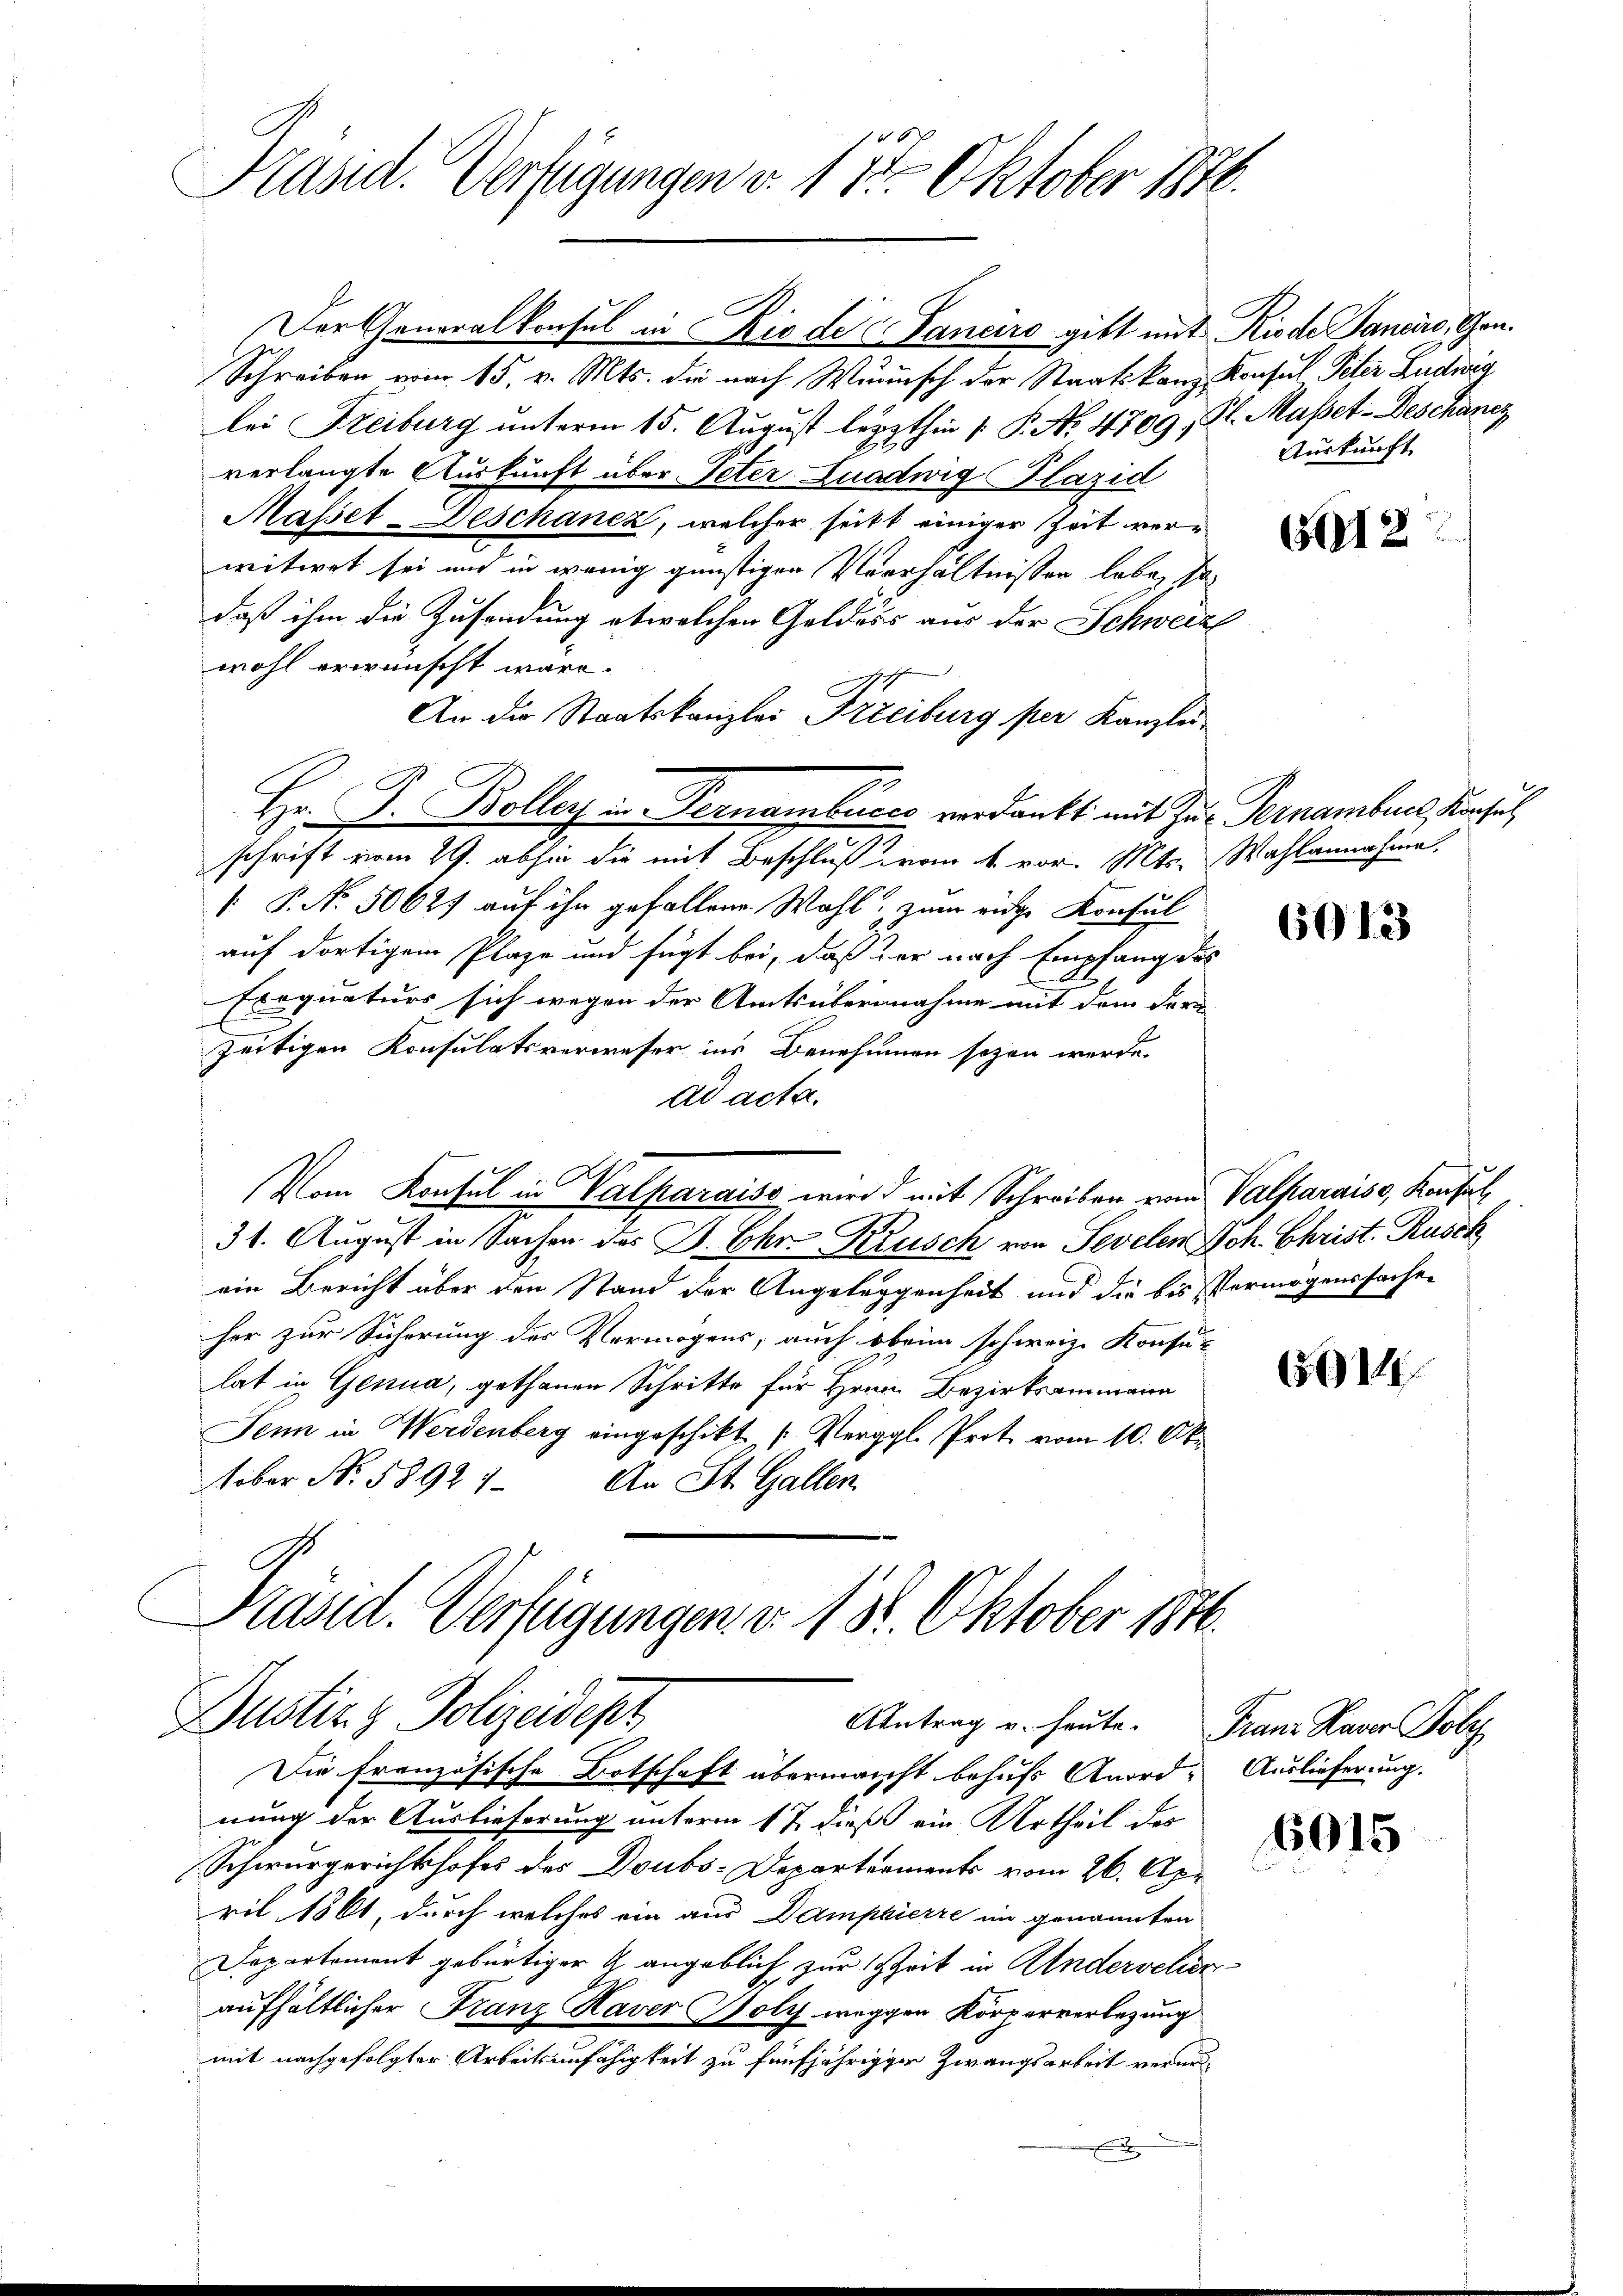
Präsid. Verfügungen v. 1. 15. Oktober 1870.

Der Generalkonsul in Rio de Sanciro gibt mit Riede Sanaro, Gan¬
Schreiben vom 15. v. Mts. die nach Wunsch der Staatskanz Konsul Peter Ludwig
lei Freiburg unterm 15. August lezthin 1. P. No. 4709, Kl. Masset-Deschanz
verlangte Auskunft über Peter Luadwig Plazid
Masset-Deschanez, welcher seits einiger heit verwitwet sei und in wenig günstigen Verhältnissen lebe, so
daß ihm die Zusendung etwelchen Geldaus aus der Schweize
wohl erwünscht wäre.
An die Staatskanzlei Freiburg per Kanzlei-
Hr. P. Boller u. Pernamburch verdankt mit Zur Vernamberl, Konsul,
schrift vom 29. abhin die mit Beschluß vom 4. vor. Mts. Wahlannahme,
[ P. Nr. 50627 auf ihn gefallene Wahl, zum eidge Konsul
auf dortigem Plaze und fügt bei, daß der nach Empfang des
Exequaturs sich wegen der Amtsübernahme mit dem Form
t
zeitigen Konsulatsverweser ins Benehmen sezen werde.
ad acta.
Vom Konsul in Valparaise wird mit Schreiben von Valparaise, Konsul
31. August in Sachen des B. Chr. Krusch von Sevelen Joh. Christ. Rusck
ein Bericht über den Stand der Angeleggenheit und die bis Vermögenssachen
her zur Sicherung des Vermögens, auch beim schweiz. Konsu-
lat in Genua, gethanen Schritte für Hrrn. Bezirksammann
Senn in Werdenberg eingeschikt (Vergl. Prot. vom 10. Okober N. 58921. An St. Gallen.

Präsid. Verfügungen v. 18. Oktober 1848.
Bustiz & Polizeidet
Antrag u. heute. Franz Haver Poly

Die Französische Botschaft übermacht behufs Anord-Auslieferung.
nung der Auslieferung unterm 17. dieß ein Urtheil des
Schwurgerichtshofes des Doubs-Departements vom 26. Apr
ril 1861, durch welches ein aus Damphierre im genannten
Departement gebürtiger & angeblich zur Zeit in Andervelienaufhältlicher Franz Haver Holz weggen Körperverlegung
mit nachgefolgter Arbeitsunfähigkeit zu fünfjährigger Zwangsarbeit verurx

Auskunft

6012

65013

6014

6015